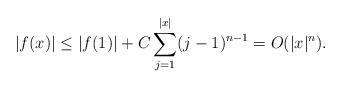
LaTeX: \begin{align*}|f(x)| &\leq |f(1) | + C \sum_{j=1}^{|x|} (j-1)^{n-1} = O(|x|^n).\end{align*}